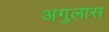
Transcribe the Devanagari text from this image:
अगुलास